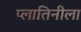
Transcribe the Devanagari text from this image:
प्लातिनीला